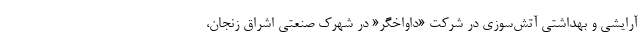
آرایشی و بهداشتی آتش‌سوزی در شرکت «داواخگر« در شهرک صنعتی اشراق زنجان،